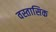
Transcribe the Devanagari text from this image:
वस्तासिक